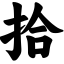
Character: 拾